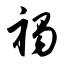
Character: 褐